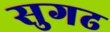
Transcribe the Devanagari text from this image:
सुगढ